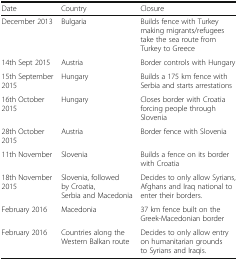
| Date | Country | Closure |
 | --- | --- | --- |
 | December 2013 | Bulgaria | Builds fence with Turkey making migrants/refugees take the sea route from Turkey to Greece |
 | 14th Sept 2015 | Austria | Border controls with Hungary |
 | 15th September 2015 | Hungary | Builds a 175 km fence with Serbia and starts arrestations |
 | 16th October 2015 | Hungary | Closes border with Croatia forcing people through Slovenia |
 | 28th October 2015 | Austria | Border fence with Slovenia |
 | 11th November | Slovenia | Builds a fence on its border with Croatia |
 | 18th November 2015 | Slovenia, followed by Croatia, Serbia and Macedonia | Decides to only allow Syrians, Afghans and Iraq national to enter their borders. |
 | February 2016 | Macedonia | 37 km fence built on the Greek-Macedonian border |
 | February 2016 | Countries along the Western Balkan route | Decides to only allow entry on humanitarian grounds to Syrians and Iraqis. |